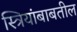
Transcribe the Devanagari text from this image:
स्त्रियांबाबतील